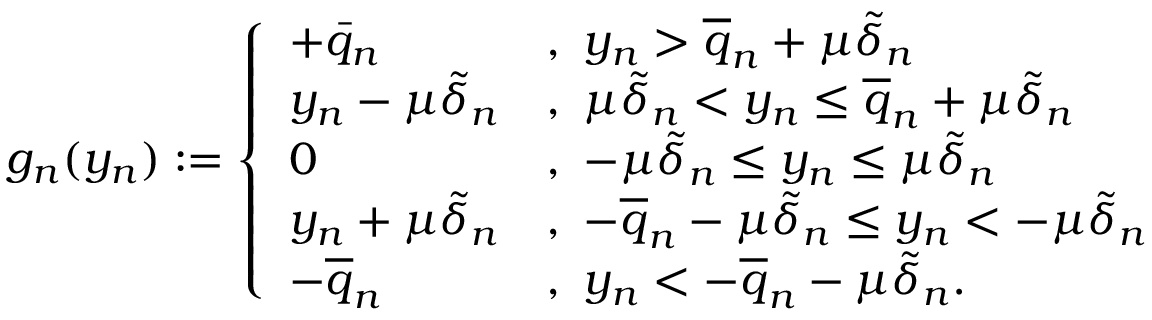
\begin{array} { r } { g _ { n } ( y _ { n } ) : = \left\{ \begin{array} { l l } { + \bar { q } _ { n } } & { , ~ y _ { n } > \overline { { q } } _ { n } + \mu \tilde { \delta } _ { n } } \\ { y _ { n } - \mu \tilde { \delta } _ { n } } & { , ~ \mu \tilde { \delta } _ { n } < y _ { n } \leq \overline { { q } } _ { n } + \mu \tilde { \delta } _ { n } } \\ { 0 } & { , ~ - \mu \tilde { \delta } _ { n } \leq y _ { n } \leq \mu \tilde { \delta } _ { n } } \\ { y _ { n } + \mu \tilde { \delta } _ { n } } & { , ~ - \overline { { q } } _ { n } - \mu \tilde { \delta } _ { n } \leq y _ { n } < - \mu \tilde { \delta } _ { n } } \\ { - \overline { { q } } _ { n } } & { , ~ y _ { n } < - \overline { { q } } _ { n } - \mu \tilde { \delta } _ { n } . } \end{array} \right. } \end{array}